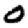
Digit: 0